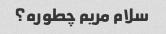
سلام مریم چطوره؟